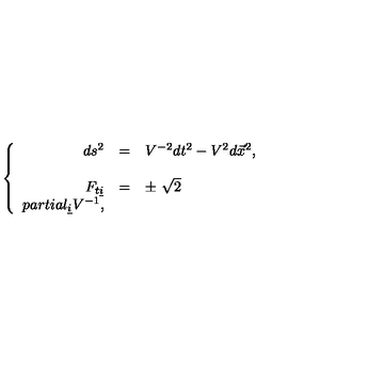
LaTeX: \left\{ \begin{array} { r c l } { d s ^ { 2 } } & { = } & { V ^ { - 2 } d t ^ { 2 } - V ^ { 2 } d \vec { x } ^ { 2 } , } \\ { } & { } & { } \\ { F _ { t \underline { { i } } } } & { = } & { \pm \ \sqrt { 2 } } \\ { p a r t i a l _ { \underline { { i } } } V ^ { - 1 } , } \\ \end{array} \right.